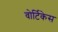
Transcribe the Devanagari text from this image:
वोर्टिकेस